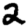
Digit: 2